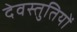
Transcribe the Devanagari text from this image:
देवस्तुतियों